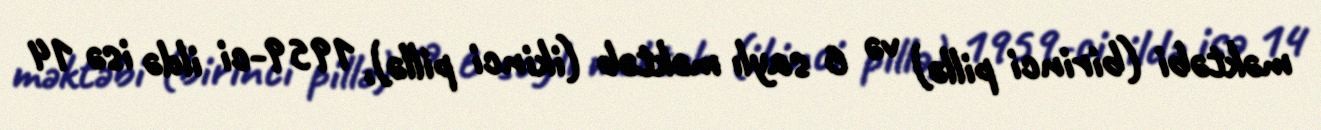
məktəbi (birinci pillə) və 6 saylı məktəb (ikinci pillə), 1959-ci ildə isə 14